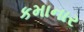
કમાનાર